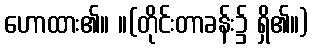
ဟောထား၏။ ။(တိုင်းတာခန်း၌ ရှိ၏။)